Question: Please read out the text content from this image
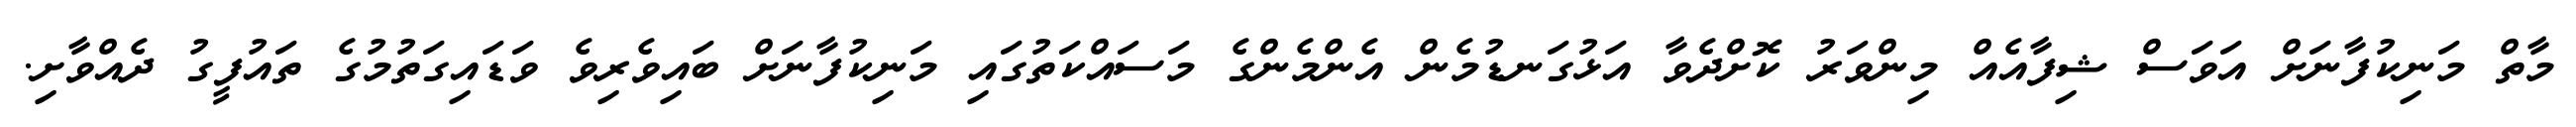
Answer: މާތް މަނިކުފާނަށް އަވަސް ޝިފާއެއް މިންވަރު ކޮށްދެވާ އަޅުގަނޑުމެން އެންމެންގެ މަސައްކަތުގައި މަނިކުފާނަށް ބައިވެރިވެ ވަޑައިގަތުމުގެ ތައުފީގު ދެއްވާށި.